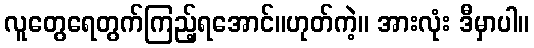
လူတွေရေတွက်ကြည့်ရအောင်။ဟုတ်ကဲ့။ အားလုံး ဒီမှာပါ။